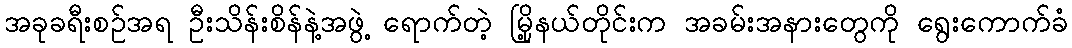
အခုခရီးစဉ်အရ ဦးသိန်းစိန်နဲ့အဖွဲ့ ရောက်တဲ့ မြို့နယ်တိုင်းက အခမ်းအနားတွေကို ရွေးကောက်ခံ